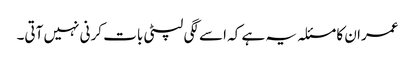
عمران کا مسئلہ یہ ہے کہ اسے لگی لپٹی بات کرنی نہیں آتی۔